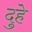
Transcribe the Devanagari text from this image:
दुहे